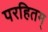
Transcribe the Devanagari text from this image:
परहितम्